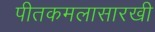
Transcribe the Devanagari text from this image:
पीतकमलासारखी